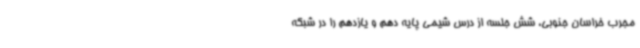
مجرب خراسان جنوبی، شش جلسه از درس شیمی پایه دهم و یازدهم را در شبکه